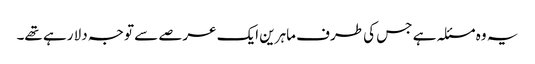
یہ وہ مسئلہ ہے جس کی طرف ماہرین ایک عرصے سے توجہ دلا رہے تھے۔